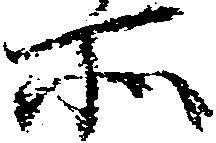
所